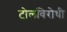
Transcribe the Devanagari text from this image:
टोलविरोधी